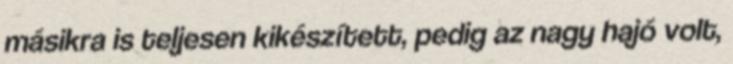
másikra is teljesen kikészített, pedig az nagy hajó volt,